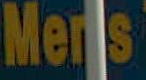
Men's